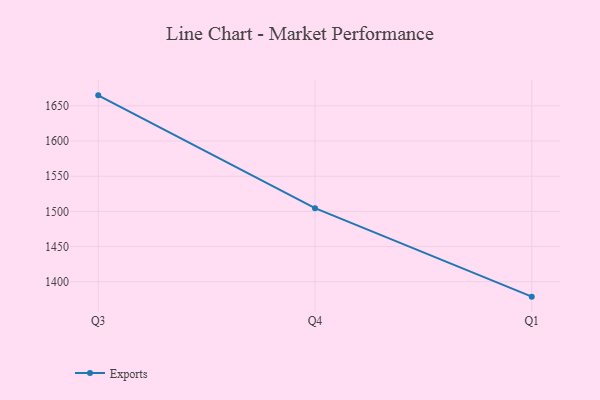
{"axis": {"x": "Quarter", "y": "Net Income (USD K)"}, "legend": ["Exports"], "data": [{"x": "Q3", "y": 1664.9, "type": "Exports"}, {"x": "Q4", "y": 1504.6, "type": "Exports"}, {"x": "Q1", "y": 1378.8, "type": "Exports"}]}